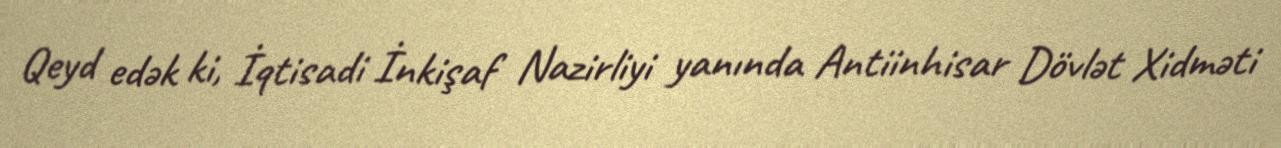
Qeyd edək ki, İqtisadi İnkişaf Nazirliyi yanında Antiinhisar Dövlət Xidməti